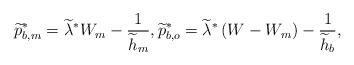
LaTeX: \begin{align*}{\widetilde p_{b,m}^*} = {\widetilde \lambda ^*}{W_m} - \frac{1}{{{{\widetilde h}_m}}},{\widetilde p_{b,o}^*} = {\widetilde \lambda ^*}\left( {W - {W_m}} \right) - \frac{1}{{{{\widetilde h}_b}}},\end{align*}